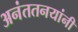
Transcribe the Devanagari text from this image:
अनंततनयांनी